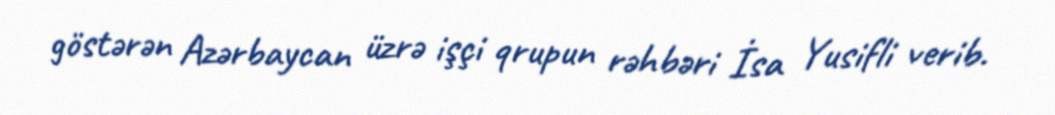
göstərən Azərbaycan üzrə işçi qrupun rəhbəri İsa Yusifli verib.